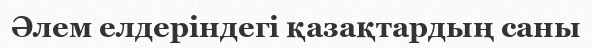
Әлем елдеріндегі қазақтардың саны